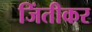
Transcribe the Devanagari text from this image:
जिंतीकर